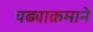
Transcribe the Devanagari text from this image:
चढ्याक्रमाने